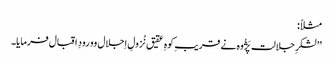
مثلاً :
’’لشکرِ جلالت پَژُوہ نے قریبِ کوہِ عقیق نُزولِ اِجلال وورودِ اقبال فرمایا۔